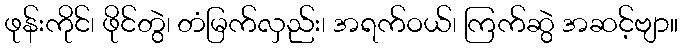
ဖုန်းကိုင်၊ ဖိုင်တွဲ၊ တံမြက်လှည်း၊ အရက်ဝယ်၊ ကြက်ဆွဲ အဆင့်ဗျာ။